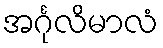
အင်္ဂုလိမာလံ